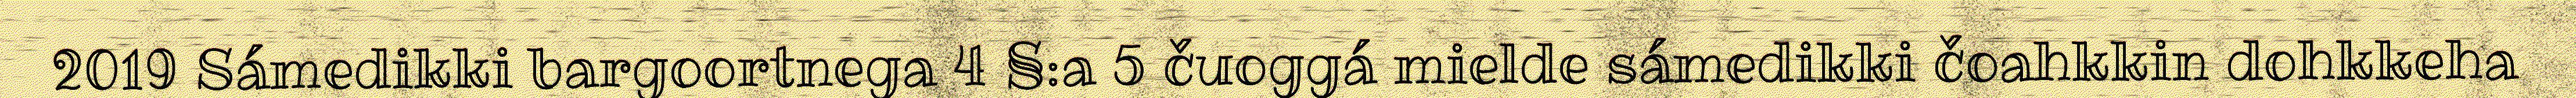
2019 Sámedikki bargoortnega 4 §:a 5 čuoggá mielde sámedikki čoahkkin dohkkeha